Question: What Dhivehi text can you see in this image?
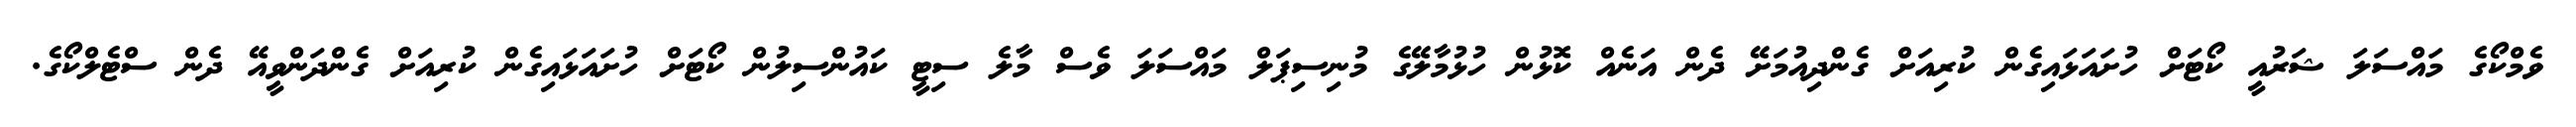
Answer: ވެމްކޯގެ މައްސަލަ ޝަރުއީ ކޯޓަށް ހުށައަޅައިގެން ކުރިއަށް ގެންދިއުމަށޭ ދެން އަނެއް ކޮޅުން ހުޅުމާލޭގެ މުނިސިޕަލް މައްސަލަ ވެސް މާލެ ސިޓީ ކައުންސިލުން ކޯޓަށް ހުށައަޅައިގެން ކުރިއަށް ގެންދަންވީއޭ ދެން ސްޓެލްކޯގެ.